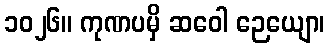
၁၀၂၆။ ကုဏပမှိ ဆဝေါ ဉေယျော၊